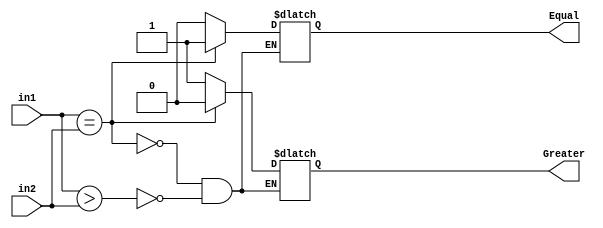

///////Greater means in1 > in2
///////Equal means equal :)

`timescale 10ns / 10ps
module fourbitComparator(in1,in2,Greater,Equal);
  
    input wire [3:0]in1;
    input wire [3:0]in2;
    output reg Greater=1'b0,Equal=1'b0;
    always@(in1,in2)
        begin
            if(in1>in2)
                begin
                    Greater = 1'b1;
                    Equal = 1'b0;
                end
            if(in1==in2)
                begin
                    Greater = 1'b0;
                    Equal = 1'b1;
                end
        end
  
endmodule